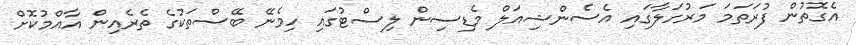
އެގޮތުން ފުރަތަމަ މަރުހަލާގައި އެސެންޝިއަލް މެޑިސިން ލިސްޓުގައި ހިމެނޭ ބޭސްތަކުގެ ތެރެއިން އާއްމުކޮށް